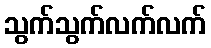
သွက်သွက်လက်လက်